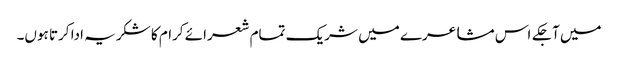
میں آجکے اس مشاعرے میں شریک تمام شعرائے کرام کا شکریہ ادا کرتا ہوں۔